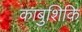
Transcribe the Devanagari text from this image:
काबुशिकि